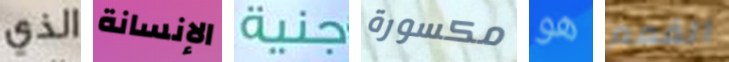
الذي الإنسانة جنية مكسورة هو القمم